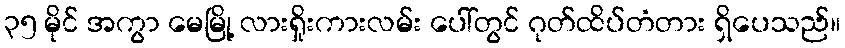
၃၅ မိုင် အကွာ မေမြို့ လားရှိုးကားလမ်း ပေါ်တွင် ဂုတ်ထိပ်တံတား ရှိပေသည်။